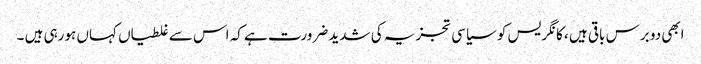
ابھی دو برس باقی ہیں ، کانگریس کو سیاسی تجزیہ کی شدید ضرورت ہے کہ اس سے غلطیاں کہاں ہورہی ہیں ۔